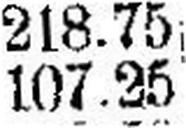
107.25